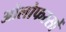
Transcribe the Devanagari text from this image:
ओलोफस्सों